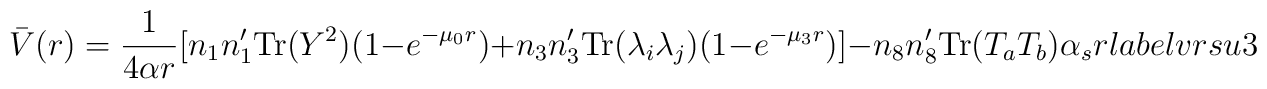
{\bar V} (r) = {1 \over {4\alpha r}} [       n_1 n_1' {\rm Tr}(Y^2) (1-e^{-\mu_0 r}) +     n_3 n_3' {\rm Tr}(\lambda_i \lambda_j) (1-e^{-\mu_3 r})]   - n_8 n_8' {\rm Tr}(T_a T_b) \alpha_s  r  \